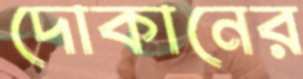
দোকানের